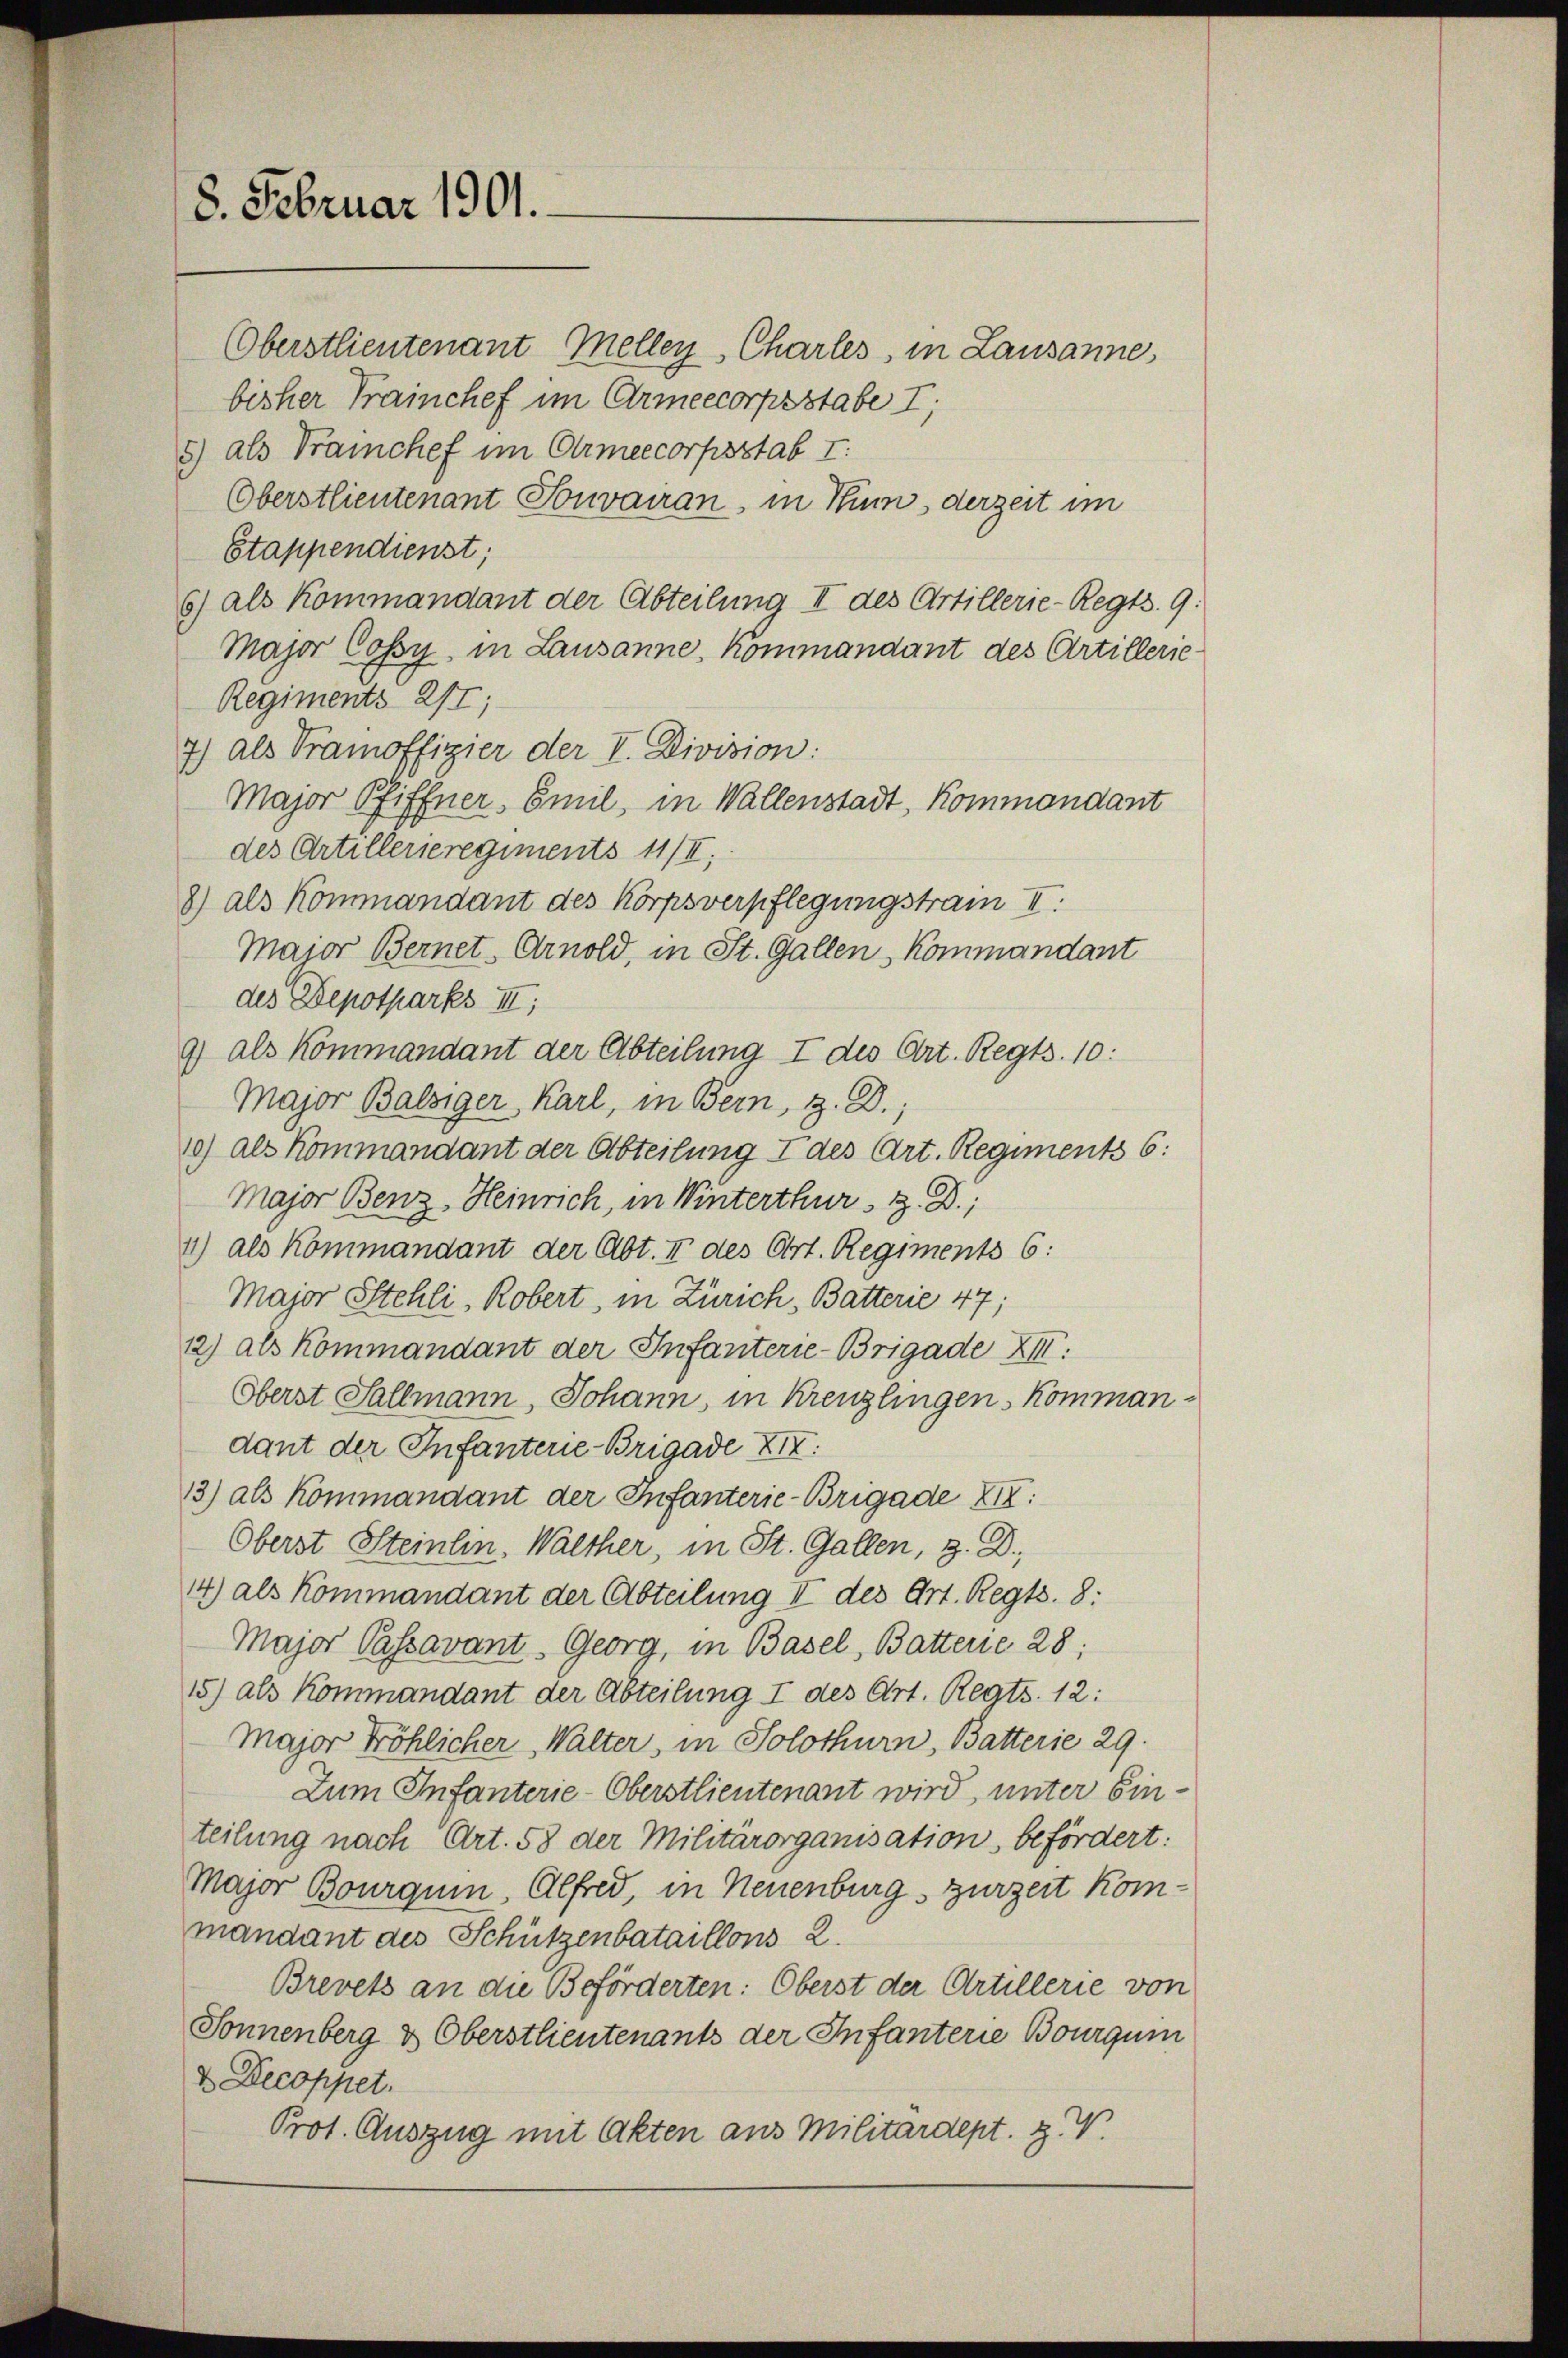
8. Februar 1901.

Oberstlieutenant Mellen Charles, in Lausanne,
bisher Trainchef im Armeecorpsstabe I.
5) als Trainchef im Armeecorpsstab I
Oberstlieutenant Sonvairan, in Rum, derzeit im
Stappendienst;
6) als Kommandant der Abteilung II des Artillerie-Regts. 9.
Major Cossy, in Lausanne, Kommandant des Artillerie
Regiments 217;
7) als Tramoffizier der I. Division:
Major Pfiffner, Emil, in Wallenstadt, Kommandant
des Artillerieregiments 11/II,
8) als Kommandant des Korpsverpflegungstram II.
Maior Bernet Arnold, in St. Gallen, Kommandant
des Depotparks III,
9) als Kommandant der Abteilung I des Art. Regts. 10:
Major Balsiger Karl, in Bern, z. B.,
10) als Kommandant der Abteilung I des Art. Regiments 6:
Major Benz, Heinrich, in Winterthur, H. D.,
1) als Kommandant der Abt. II des Ort. Regiments 6:
Major Stehli, Robert, in Zürich, Batterie 47;
22) als Kommandant der Infanterie-Brigade XII.
Oberst Sallmann, Johann, in Kreuzlingen Kommandant der Infanterie-Brigade XIV.
13) als Kommandant der Infanterie-Brigade XIV.
Oberst Steinhin, Walther, in St. Gallen, z. B.,
14) als Kommandant der Abteilung II des Art. Regts. 8:
Major Passavant. Georg, in Basel, Batterie 28:
15) als Kommandant der Abteilung I des Art. Regts. 12:
Major Fröhlicher Walter, in Solothurn, Batterie 29.
Zum Infanterie-Oberstlieutenant wird, unter Ein-
teilung nach Art. 58 der Militärorganisation, befördert:
Major Bourqui, Alfred, in Neuenburg, zurzeit Kommandant des Schützenbataillons 2.
Brevets an die Beförderten: Oberst der Artillerie von
Sonnenberg & Oberstlieutenants der Infanterie Bourgum
& Decoppet.
Prot. Auszug mit Akten aus Militärdept. Z. V.